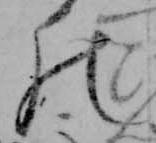
の